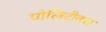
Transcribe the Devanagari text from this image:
पोलिटीक्स